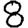
Digit: 8